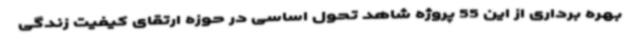
بهره برداری از این 55 پروژه شاهد تحول اساسی در حوزه ارتقای کیفیت زندگی